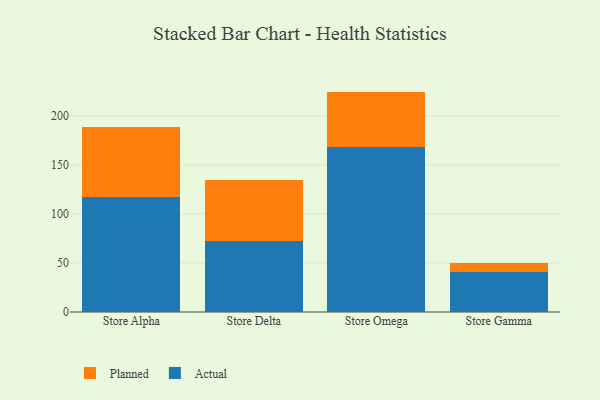
{"axis": {"x": "Store", "y": "Demand Index"}, "legend": ["Actual", "Planned"], "data": [{"x": "Store Alpha", "y": 117.7, "type": "Actual"}, {"x": "Store Alpha", "y": 71.5, "type": "Planned"}, {"x": "Store Delta", "y": 72.8, "type": "Actual"}, {"x": "Store Delta", "y": 62.2, "type": "Planned"}, {"x": "Store Omega", "y": 168.3, "type": "Actual"}, {"x": "Store Omega", "y": 56.5, "type": "Planned"}, {"x": "Store Gamma", "y": 41.2, "type": "Actual"}, {"x": "Store Gamma", "y": 8.8, "type": "Planned"}]}